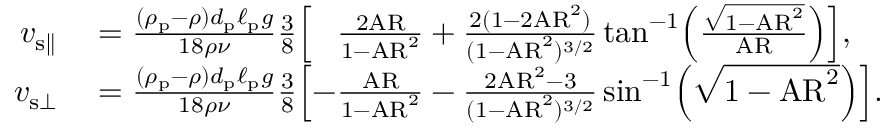
\begin{array} { r l } { v _ { { \mathrm { s } } \parallel } } & { { } = \frac { ( \rho _ { \mathrm { p } } - \rho ) d _ { \mathrm { p } } \ell _ { \mathrm { p } } g } { 1 8 \rho \nu } \frac { 3 } { 8 } \mathopen { } \mathclose \bgroup \mathopen { } \mathclose \bgroup \mathopen { } \mathclose \bgroup \mathopen { } \mathclose \bgroup \mathopen { } \mathclose \bgroup \mathopen { } \mathclose \bgroup \mathopen { } \mathclose \bgroup \mathopen { } \mathclose \bgroup \mathopen { } \mathclose \bgroup \mathopen { } \mathclose \bgroup \left[ \phantom { - } \frac { 2 \mathrm { A R } } { 1 - \mathrm { A R } ^ { 2 } } + \frac { 2 ( 1 - 2 \mathrm { A R } ^ { 2 } ) } { ( 1 - \mathrm { A R } ^ { 2 } ) ^ { 3 / 2 } } \tan ^ { - 1 } \mathopen { } \mathclose \bgroup \mathopen { } \mathclose \bgroup \mathopen { } \mathclose \bgroup \mathopen { } \mathclose \bgroup \mathopen { } \mathclose \bgroup \mathopen { } \mathclose \bgroup \mathopen { } \mathclose \bgroup \mathopen { } \mathclose \bgroup \mathopen { } \mathclose \bgroup \mathopen { } \mathclose \bgroup \left( \frac { \sqrt { 1 - \mathrm { A R } ^ { 2 } } } { \mathrm { A R } } \aftergroup \egroup \aftergroup \egroup \aftergroup \egroup \aftergroup \egroup \aftergroup \egroup \aftergroup \egroup \aftergroup \egroup \aftergroup \egroup \aftergroup \egroup \aftergroup \egroup \right) \aftergroup \egroup \aftergroup \egroup \aftergroup \egroup \aftergroup \egroup \aftergroup \egroup \aftergroup \egroup \aftergroup \egroup \aftergroup \egroup \aftergroup \egroup \aftergroup \egroup \right] , } \\ { v _ { { \mathrm { s } } \bot } } & { { } = \frac { ( \rho _ { \mathrm { p } } - \rho ) d _ { \mathrm { p } } \ell _ { \mathrm { p } } g } { 1 8 \rho \nu } \frac { 3 } { 8 } \mathopen { } \mathclose \bgroup \mathopen { } \mathclose \bgroup \mathopen { } \mathclose \bgroup \mathopen { } \mathclose \bgroup \mathopen { } \mathclose \bgroup \mathopen { } \mathclose \bgroup \mathopen { } \mathclose \bgroup \mathopen { } \mathclose \bgroup \mathopen { } \mathclose \bgroup \mathopen { } \mathclose \bgroup \left[ - \frac { \mathrm { A R } } { 1 - \mathrm { A R } ^ { 2 } } - \frac { 2 \mathrm { A R } ^ { 2 } - 3 } { ( 1 - \mathrm { A R } ^ { 2 } ) ^ { 3 / 2 } } \sin ^ { - 1 } \mathopen { } \mathclose \bgroup \mathopen { } \mathclose \bgroup \mathopen { } \mathclose \bgroup \mathopen { } \mathclose \bgroup \mathopen { } \mathclose \bgroup \mathopen { } \mathclose \bgroup \mathopen { } \mathclose \bgroup \mathopen { } \mathclose \bgroup \mathopen { } \mathclose \bgroup \mathopen { } \mathclose \bgroup \left( \sqrt { 1 - \mathrm { A R } ^ { 2 } } \aftergroup \egroup \aftergroup \egroup \aftergroup \egroup \aftergroup \egroup \aftergroup \egroup \aftergroup \egroup \aftergroup \egroup \aftergroup \egroup \aftergroup \egroup \aftergroup \egroup \right) \aftergroup \egroup \aftergroup \egroup \aftergroup \egroup \aftergroup \egroup \aftergroup \egroup \aftergroup \egroup \aftergroup \egroup \aftergroup \egroup \aftergroup \egroup \aftergroup \egroup \right] . } \end{array}